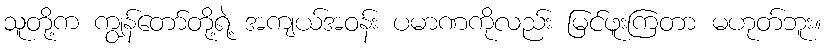
သူတို့က ကျွန်တော်တို့ရဲ့ အကျယ်အဝန်း ပမာဏကိုလည်း မြင်ဖူးကြတာ မဟုတ်ဘူး။